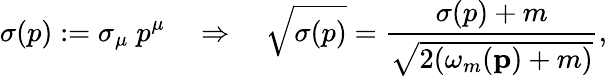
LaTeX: \sigma(p):=\sigma_{\mu}\; p^{\mu}\quad\Rightarrow\quad\sqrt{\sigma(p)}=\frac{\sigma(p)+m}{\sqrt{2(\omega_{m}{({\mathbf p})+m)}}},